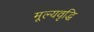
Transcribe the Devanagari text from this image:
मूल्‍यवृद्धि